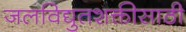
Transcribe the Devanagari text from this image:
जलविद्युतशक्तीसाठी